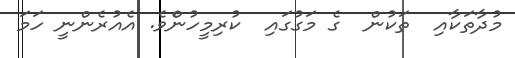
މުދާތަކާއި  ތަކުން  ގެ މަގުގައި  ކުރިމީހުންެވެ. އެއުރެންނީ ހަމަ